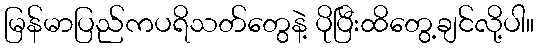
မြန်မာပြည်ကပရိသတ်တွေနဲ့ ပိုပြီးထိတွေ့ချင်လို့ပါ။